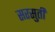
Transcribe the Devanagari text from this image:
सरसुती